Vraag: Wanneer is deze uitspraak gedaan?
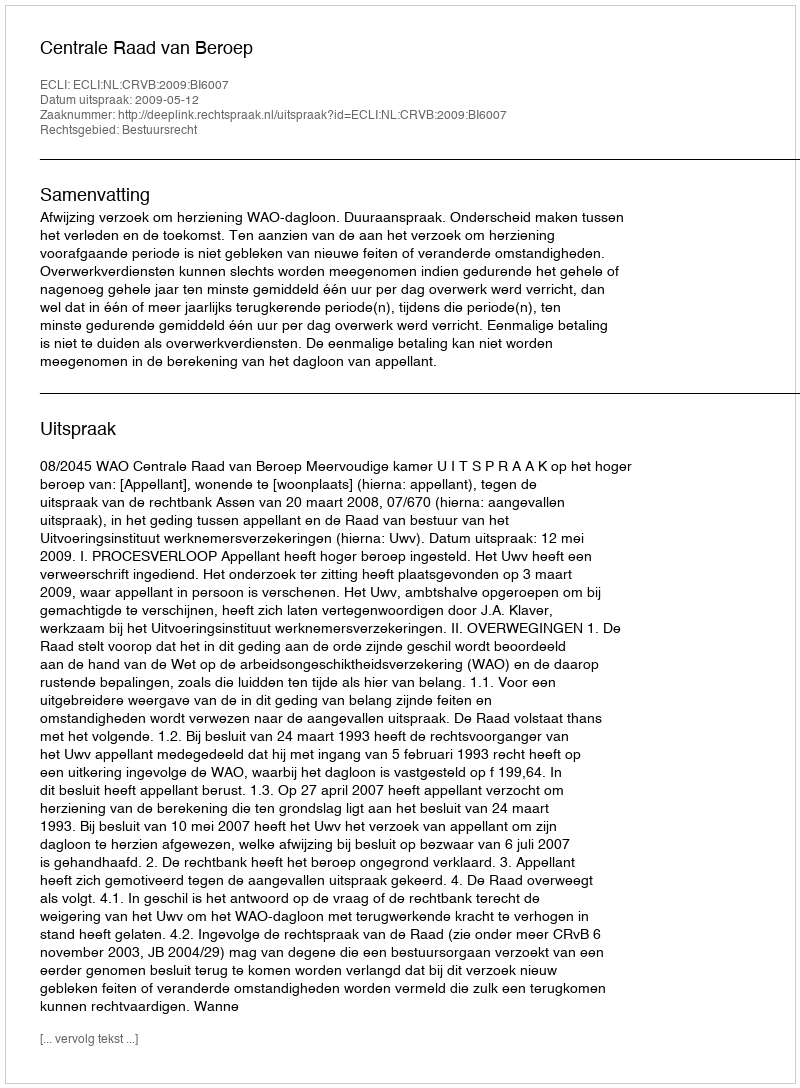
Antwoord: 2009-05-12